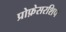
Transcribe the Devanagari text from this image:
प्रोफ़ेसरशिप